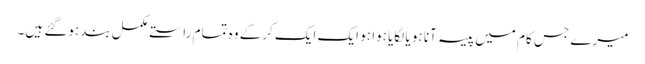
میرے جس کام میں پیسہ آنا ہو یا لگایا ہوا ہو ایک ایک کرکے وہ تمام راستے مکمل بند ہوگئے ہیں۔